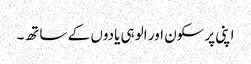
اپنی پرسکون اور الوہی یادوں کے ساتھ۔